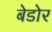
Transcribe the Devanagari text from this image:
बेडोर